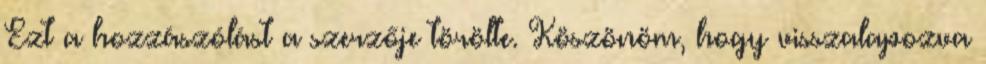
Ezt a hozzászólást a szerzője törölte. Köszönöm, hogy visszalapozva